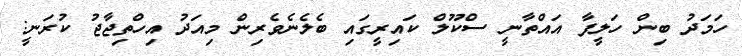
ހަމަދު ބިން ހަލީފާ އައްތާނީ ސްކޫލް ކައިރީގައި ބެލެނެވެރިން މިއަދު އިހްތިޖާޖު ކުރަނީ: